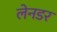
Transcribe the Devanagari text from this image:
लेनडर